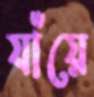
যাঁয়ে